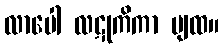
လာပေါ လဋုကိကာ ပျထ။